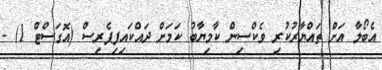
އެބޯލާ އަށް ތައްޔާރުކުރި ވެކްސިން ކާމިޔާބު ކަމަށް ދައްކައިފިޕެރިސް (އޮގަސްޓް 1) -